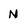
Character: N